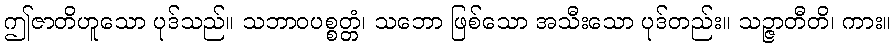
ဤဇာတိဟူသော ပုဒ်သည်။ သဘာဝပစ္စတ္တံ၊ သဘော ဖြစ်သော အသီးသော ပုဒ်တည်း။ သဉ္ဇာတီတိ၊ ကား။